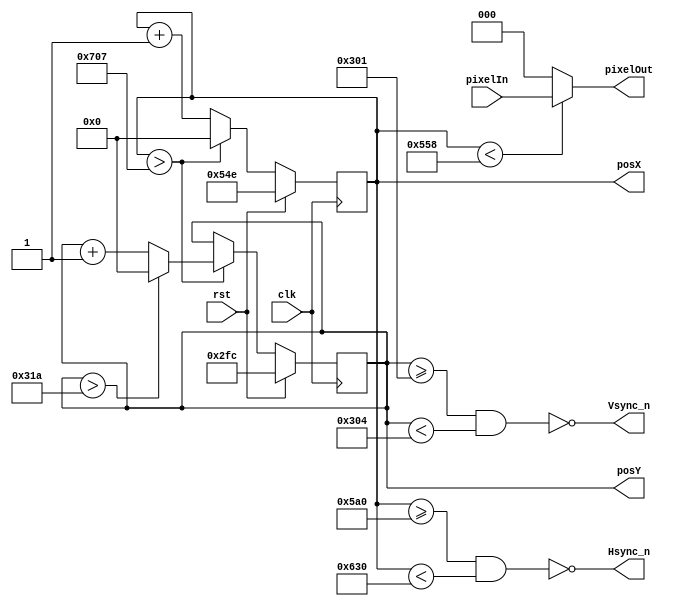
//Modulo VGA
module VGA_Driver640x480 (
	input rst,
	input clk, 				// 85MHz  para 60 hz de 1368x768
	input  [2:0] pixelIn, 	// entrada del valor de color  pixel 
	output  [2:0] pixelOut, // salida del valor pixel a la VGA 
	output  Hsync_n,		// senal de sincronizacion en horizontal negada
	output  Vsync_n,		// senal de sincronizacion en vertical negada 
	output  [10:0] posX, 	// posicion en horizontal del pixel siguiente
	output  [10:0] posY 		// posicion en vertical  del pixel siguiente
);

//Tamao de la pantalla en horizontal y vertical, asi como las margenes de la pantalla
localparam SCREEN_X = 1368;  // tamao de la pantalla visible en horizontal 1368
localparam FRONT_PORCH_X =72;  
localparam SYNC_PULSE_X = 144;
localparam BACK_PORCH_X = 216;  
localparam TOTAL_SCREEN_X = SCREEN_X+FRONT_PORCH_X+SYNC_PULSE_X+BACK_PORCH_X; 	// total pixel pantalla en horizontal 


localparam SCREEN_Y = 768; 	// tamao de la pantalla visible en Vertical 768
localparam FRONT_PORCH_Y =1;  
localparam SYNC_PULSE_Y = 3;
localparam BACK_PORCH_Y = 23;
localparam TOTAL_SCREEN_Y = SCREEN_Y+FRONT_PORCH_Y+SYNC_PULSE_Y+BACK_PORCH_Y; 	// total pixel pantalla en Vertical 


reg  [10:0] countX;
reg  [10:0] countY;

assign posX    = countX;
assign posY    = countY;

assign pixelOut = (countX<SCREEN_X) ? (pixelIn) : (3'b000);

assign Hsync_n = ~((countX>=SCREEN_X+FRONT_PORCH_X) && (countX<SCREEN_X+SYNC_PULSE_X+FRONT_PORCH_X)); 
assign Vsync_n = ~((countY>=SCREEN_Y+FRONT_PORCH_Y) && (countY<SCREEN_Y+FRONT_PORCH_Y+SYNC_PULSE_Y));


always @(posedge clk) begin
	if (rst) begin
		countX <= SCREEN_X-10; /*para la simulacin sea mas rapido*/
		countY <= SCREEN_Y-4;/*para la simulacin sea mas rapido*/
	end
	else begin 
		if (countX >(TOTAL_SCREEN_X-1)) begin
			countX <= 0;
			if (countY > (TOTAL_SCREEN_Y-1)) begin
				countY <= 0;
			end 
			else begin
				countY <= countY + 1;
			end
		end 
		else begin
			countX <= countX + 1;
			countY <= countY;
		end
	end
end

endmodule